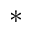
^ *